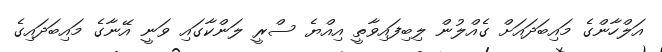
އަލްހާންގެ މައިބަދައަށް ގެއްލުން ލިބިފައިވާތީ އިއްޔެ ސްރީ ލަންކާގައި ވަނީ އޭނާގެ މައިބަދައިގެ